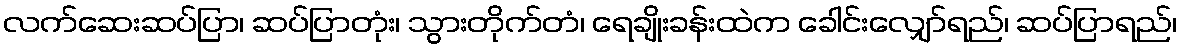
လက်ဆေးဆပ်ပြာ၊ ဆပ်ပြာတုံး၊ သွားတိုက်တံ၊ ရေချိုးခန်းထဲက ခေါင်းလျှော်ရည်၊ ဆပ်ပြာရည်၊